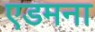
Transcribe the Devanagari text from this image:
एडमना